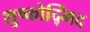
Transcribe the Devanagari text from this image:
शुष्कोद्भिद